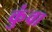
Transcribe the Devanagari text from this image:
कुंवा